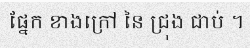
ផ្នែក ខាងក្រៅ នៃ ជ្រុង ជាប់ ។